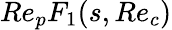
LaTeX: Re_{p}F_{1}(s,Re_{c})